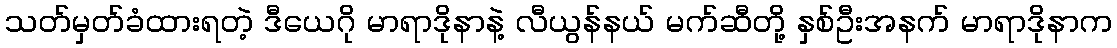
သတ်မှတ်ခံထားရတဲ့ ဒီယေဂို မာရာဒိုနာနဲ့ လီယွန်နယ် မက်ဆီတို့ နှစ်ဦးအနက် မာရာဒိုနာက